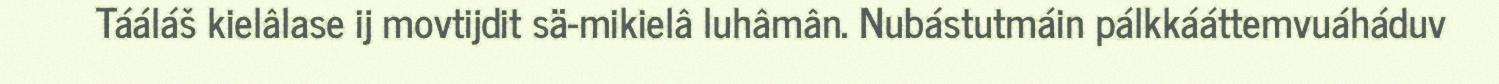
Tááláš kielâlase ij movtijdit sä-mikielâ luhâmân. Nubástutmáin pálkkááttemvuáháduv